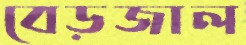
বেড়জাল